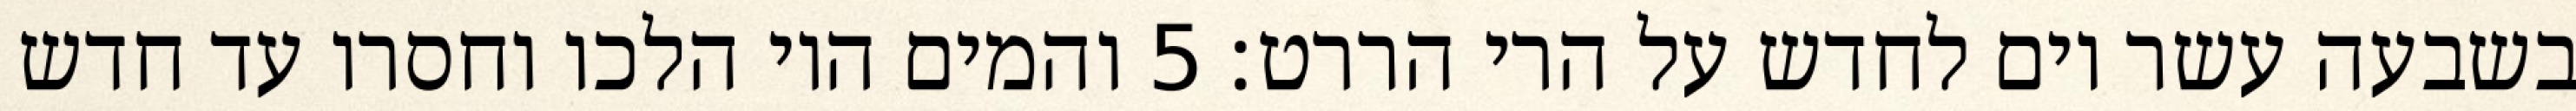
בשבעה עשר יום לחדש על הרי הררט׃ ‎5‏ והמים היו הלכו וחסרו עד חדש